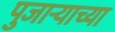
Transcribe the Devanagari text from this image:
पुजाऱ्याच्या